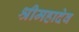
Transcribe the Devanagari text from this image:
श्रीमहादेव